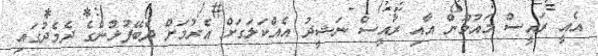
އެއީ ރައީސް މައުމޫން އާއި ރައީސް ނަޝީދު އެއްކަލަގަށް އެރުމަށް ދެބޭފުޅުންގެ ދެމެދުގައި